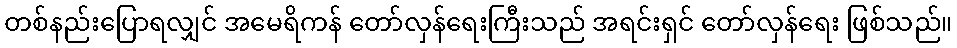
တစ်နည်းပြောရလျှင် အမေရိကန် တော်လှန်ရေးကြီးသည် အရင်းရှင် တော်လှန်ရေး ဖြစ်သည်။